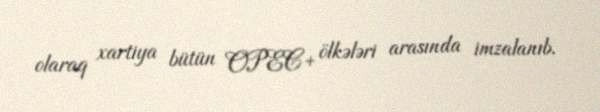
olaraq xartiya bütün OPEC+ ölkələri arasında imzalanıb.